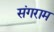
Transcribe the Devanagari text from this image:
संगराम